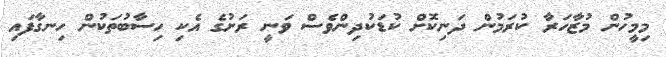
މިމީހުން މުޒާހަރާ ކުރަމުން ދަނިކޮށް ކުޑަކުދިންވެސް ވަނީ ރަށުގެ އެކި ހިސާބުތަކުން ހިނގާފައި